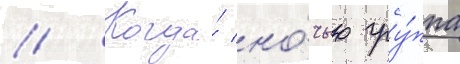
// Когда́ но́чью гру́ппа